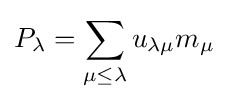
P_{\lambda }=\sum _{\mu \leq \lambda }u_{\lambda \mu }m_{\mu }